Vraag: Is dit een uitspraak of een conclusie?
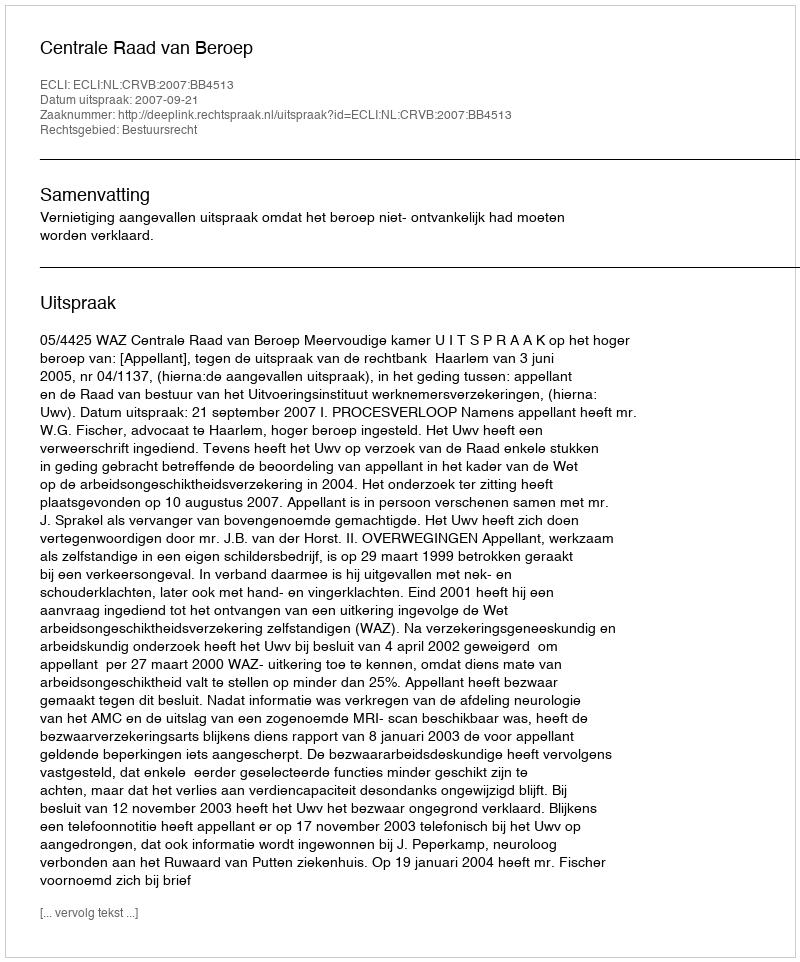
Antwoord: Uitspraak